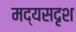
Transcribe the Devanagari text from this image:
मद्यसदृश